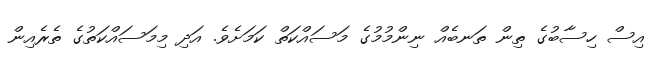
އިސް ހިސާބުގެ ތިން ތަނބެއް ނިންމުމުގެ މަސައްކަތް ކަމަށެވެ. އަދި މިމަސައްކަތުގެ ތެރެއިން